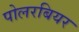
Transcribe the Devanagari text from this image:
पोलरबियर